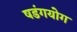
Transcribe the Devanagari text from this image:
षडंगयोग